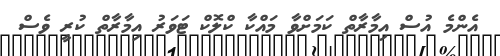
އެންމެ އުސް އިމާރާތް ކަމަށްވާ މައްކާ ކްލޮކް ޓަވަރު އިމާރާތް ކުރީ ވެސް